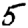
Digit: 5